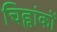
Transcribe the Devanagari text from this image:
चिह्नांकों